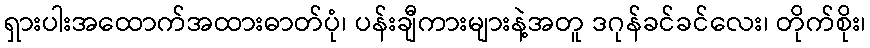
ရှားပါးအထောက်အထားဓာတ်ပုံ၊ ပန်းချီကားများနဲ့အတူ ဒဂုန်ခင်ခင်လေး၊ တိုက်စိုး၊